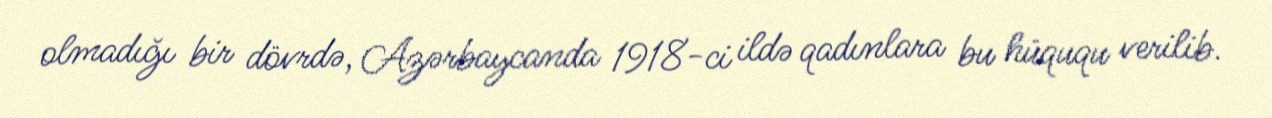
olmadığı bir dövrdə, Azərbaycanda 1918-ci ildə qadınlara bu hüququ verilib.